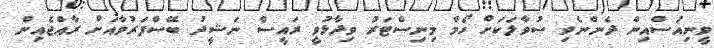
ވީނިއުސްއިން ދެންނެވި ސުވާލަކަށް ހޯމް މިނިސްޓަރު ވިދާޅުވީ ރައީސް ނަޝީދު ބޭސްފަރުވާއަށް ރާއްޖެއިން